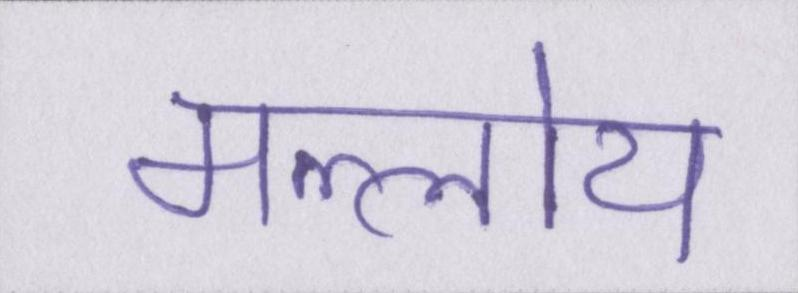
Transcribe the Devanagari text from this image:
मल्लोय